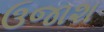
ઉજાશ